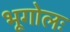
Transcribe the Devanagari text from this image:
भूगोलः